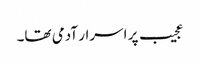
عجیب پر اسرار آدمی تھا۔